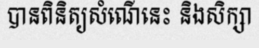
បានពិនិត្យសំណើនេះ និងសិក្សា